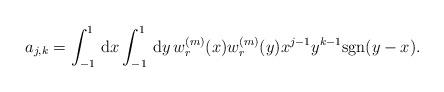
LaTeX: \begin{align*}a_{j,k}=\int_{-1}^1\,\mathrm{d}x\int_{-1}^1\,\mathrm{d}y \,w_r^{(m)}(x)w_r^{(m)}(y)x^{j-1}y^{k-1}\mathrm{sgn}(y-x).\end{align*}